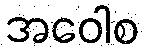
အဝေါစ